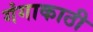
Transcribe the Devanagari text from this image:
गंगाकाठी